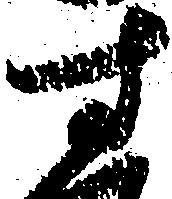
す